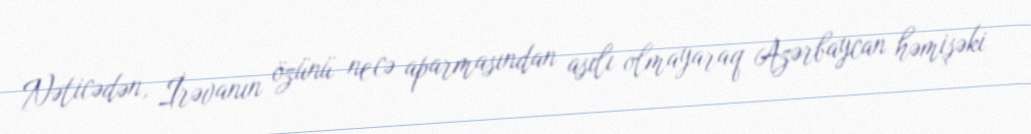
Nəticədən, İrəvanın özünü necə aparmasından asılı olmayaraq Azərbaycan həmişəki